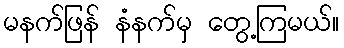
မနက်ဖြန် နံနက်မှ တွေ့ကြမယ်။